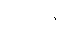
တို့ကြား